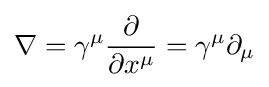
\nabla =\gamma ^{\mu }{\frac {\partial }{\partial x^{\mu }}}=\gamma ^{\mu }\partial _{\mu }